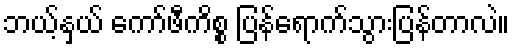
ဘယ့်နှယ် ကော်ဖီကိစ္စ ပြန်ရောက်သွားပြန်တာလဲ။